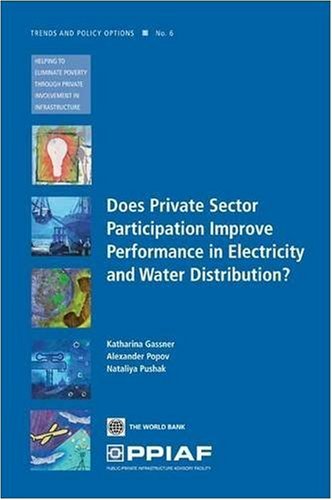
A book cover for Does Private Sector Participation Improve Performance in Electricity and Water Distribution? (Trends and Policy Options (PPIAF)); Katharina Gassner; Law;